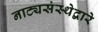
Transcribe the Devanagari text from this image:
नाट्यसंस्थेद्वारे